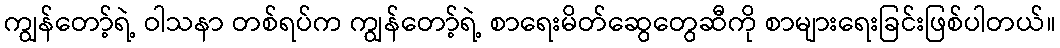
ကျွန်တော့်ရဲ့ ဝါသနာ တစ်ရပ်က ကျွန်တော့်ရဲ့ စာရေးမိတ်ဆွေတွေဆီကို စာများရေးခြင်းဖြစ်ပါတယ်။